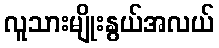
လူသားမျိုးနွယ်အလယ်